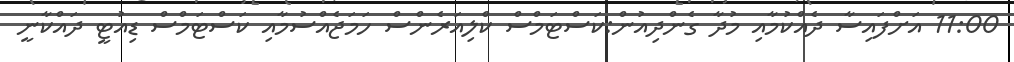
11:00 އަށްފައިސާ ދެއްކުމާއި މުދާ ގެންދިއުން:ކަސްޓަމްސް ކްލިއަރެންސް ހަމަޖެއްސުމާއި ކަސްޓަމްސް ޑިއުޓީ ދައްކާނީ